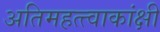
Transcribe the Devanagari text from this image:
अतिमहत्त्वाकांक्षी